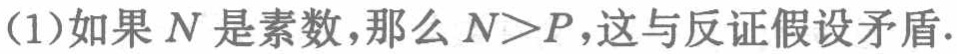
(1)如果 \(N\) 是素数，那么 \(N > P\)，这与反证假设矛盾.